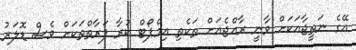
އޭގެ ނަތީޖާއަކަށް ވާނީ ރާއްޖެއަށް ތަކެތި އިމްޕޯޓް ކުރާ ފަރާތްތަކަށް ވެސް ޑޮލަރު